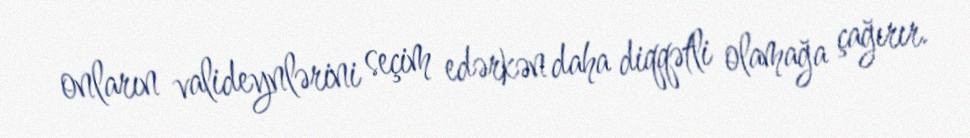
onların valideynlərini seçim edərkən daha diqqətli olamağa çağırır.